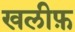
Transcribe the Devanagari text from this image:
खलीफ़